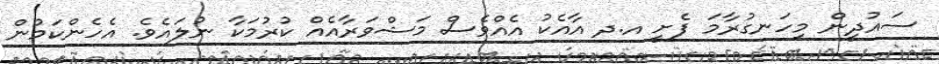
ސައުދީން މިހަނގުރާމަ ފެށީ އ.ދ އާއެކު އެއްވެސް މަޝްވަރާއެއް ކުރުމަކާ ނުލައެވެ. އެހެންކަމުން